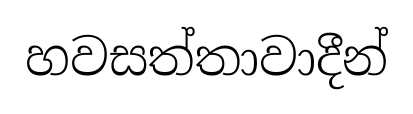
හවසත්තාවාදීන්